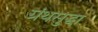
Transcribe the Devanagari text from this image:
ग्रंथसुद्धा